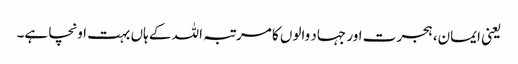
یعنی ایمان، ہجرت اور جہاد والوں کا مرتبہ اللہ کے ہاں بہت اونچا ہے۔